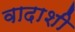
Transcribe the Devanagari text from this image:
वादाशी